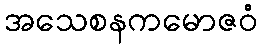
အသေစနကမောဇဝံ